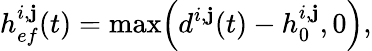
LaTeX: h_{ef}^{i,\mathbf{j}}(t)=\operatorname*{max}\Bigl(d^{i,\mathbf{j}}(t)-h_{0}^{i,\mathbf{j}},0\Bigr),